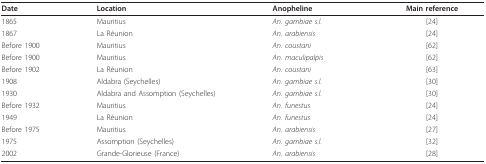
<table><thead><tr><td><b>Date</b></td><td><b>Location</b></td><td><b>Anopheline</b></td><td><b>Main reference</b></td></tr></thead><tbody><tr><td>1865</td><td>Mauritius</td><td><i>An. gambiae s.l.</i></td><td>[24]</td></tr><tr><td>1867</td><td>La Réunion</td><td><i>An. arabiensis</i></td><td>[24]</td></tr><tr><td>Before 1900</td><td>Mauritius</td><td><i>An. coustani</i></td><td>[62]</td></tr><tr><td>Before 1900</td><td>Mauritius</td><td><i>An. maculipalpis</i></td><td>[62]</td></tr><tr><td>Before 1902</td><td>La Réunion</td><td><i>An. coustani</i></td><td>[63]</td></tr><tr><td>1908</td><td>Aldabra (Seychelles)</td><td><i>An. gambiae s.l.</i></td><td>[30]</td></tr><tr><td>1930</td><td>Aldabra and Assomption (Seychelles)</td><td><i>An. gambiae s.l.</i></td><td>[30]</td></tr><tr><td>Before 1932</td><td>Mauritius</td><td><i>An. funestus</i></td><td>[24]</td></tr><tr><td>1949</td><td>La Réunion</td><td><i>An. funestus</i></td><td>[24]</td></tr><tr><td>Before 1975</td><td>Mauritius</td><td><i>An. arabiensis</i></td><td>[27]</td></tr><tr><td>1975</td><td>Assomption (Seychelles)</td><td><i>An. gambiae s.l.</i></td><td>[32]</td></tr><tr><td>2002</td><td>Grande-Glorieuse (France)</td><td><i>An. arabiensis</i></td><td>[28]</td></tr></tbody></table>